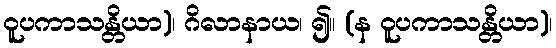
ဝူပကာသန္တိယာ)၊ ဂိလာနာယ၊ ၍။ (န ဝူပကာသန္တိယာ)၊